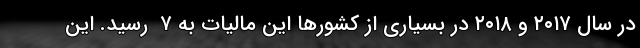
در سال ۲۰۱۷ و ۲۰۱۸ در بسیاری از کشور‌ها این مالیات به ۷  رسید. این